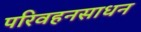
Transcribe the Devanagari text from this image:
परिवहनसाधन